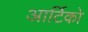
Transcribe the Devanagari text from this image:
आर्टिको